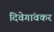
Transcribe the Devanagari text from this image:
दिवेगांवकर